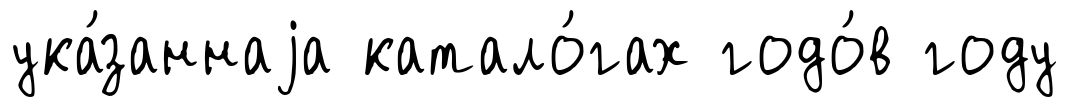
ука́заннаjа катало́гах годо́в году